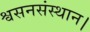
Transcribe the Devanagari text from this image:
श्वसनसंस्थान।